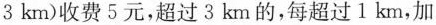
3km)收费5元，超过3km的，每超过1km，加